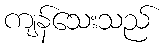
ကျန်သေးသည်